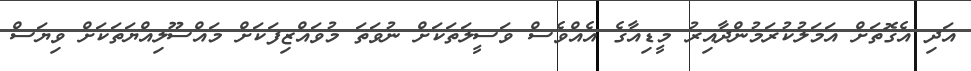
އަދި އެގޮތަށް އަމަލުކުރަމުންދާއިރު މީޑިއާގެ އެއްވެސް ވަސީލަތަކަށް ނުވަތަ މުވައްޒިފަކަށް މައްސޫލިއްޔަތަކަށް ވިޔަސް